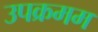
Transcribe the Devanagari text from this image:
उपक्रमम